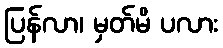
ပြန်လာ၊ မှတ်မိ ပလား